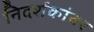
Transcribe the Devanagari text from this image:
निदर्शकांवर